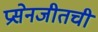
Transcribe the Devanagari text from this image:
प्रसेनजीतची